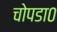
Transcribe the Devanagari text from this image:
चोपडा०